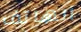
الهاتف